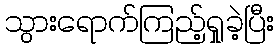
သွားရောက်ကြည့်ရှုခဲ့ပြီး